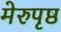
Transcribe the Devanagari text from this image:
मेरुपृष्ठ